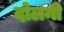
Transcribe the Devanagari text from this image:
दोलनी